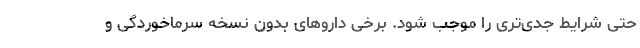
حتی شرایط جدی‌تری را موجب شود. برخی داروهای بدون نسخه سرماخوردگی و